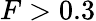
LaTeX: F>0.3